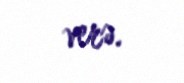
verə.